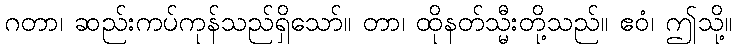
ဂတာ၊ ဆည်းကပ်ကုန်သည်ရှိသော်။ တာ၊ ထိုနတ်သ္မီးတို့သည်။ ဧဝံ၊ ဤသို့။